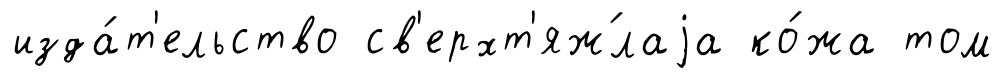
изда́т'ельство св'ерхт'яж́лаjа ко́жа том